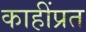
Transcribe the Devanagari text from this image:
काहींप्रत